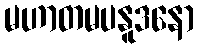
မဟာတမပနူဒနော